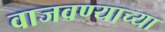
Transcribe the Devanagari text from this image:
वाजवण्याच्या